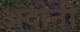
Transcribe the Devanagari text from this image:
अदोनी